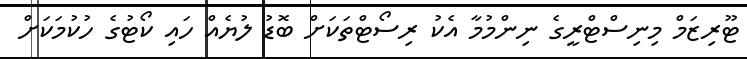
ޓޫރިޒަމް މިނިސްޓްރީގެ ނިންމުމާ އެކު ރިސޯޓްތަކަށް ބޮޑު ލުޔެއް ހައި ކޯޓުގެ ހުކުމަކަށް